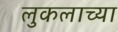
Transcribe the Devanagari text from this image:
लुकलाच्या